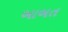
બાબત